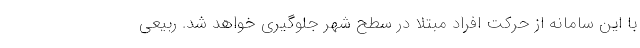
با این سامانه از حرکت افراد مبتلا در سطح شهر جلوگیری خواهد شد. ربیعی